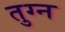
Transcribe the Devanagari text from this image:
तुग्न